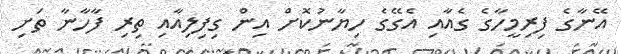
އޭނާގެ ފިރިމީހާގެ ގެއާއި އެގޭގެ ހިޔާނުކޮށް އިން ގިފިލިއާއި ތިރި ފާހާނާ ތަށި